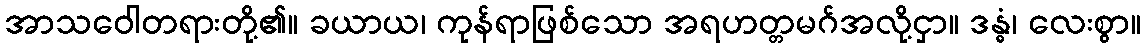
အာသဝေါတရားတို့၏။ ခယာယ၊ ကုန်ရာဖြစ်သော အရဟတ္တမဂ်အလို့ငှာ။ ဒန္ဓံ၊ လေးစွာ။